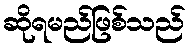
ဆိုရမည်ဖြစ်သည်